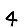
Digit: 4